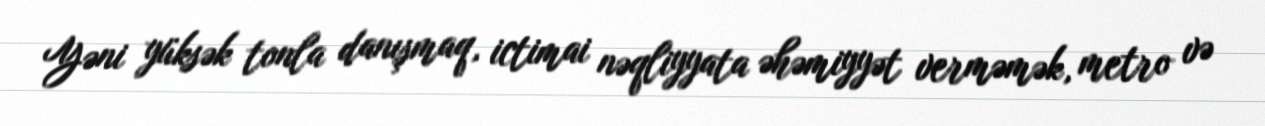
Yəni yüksək tonla danışmaq, ictimai nəqliyyata əhəmiyyət verməmək, metro və